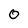
Character: 0